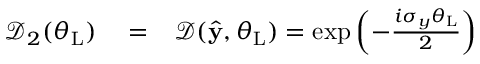
\begin{array} { r l r } { \mathcal { D } _ { 2 } ( \theta _ { \mathrm { L } } ) } & { { } = } & { \mathcal { D } ( \hat { \bf y } , \theta _ { \mathrm { L } } ) = \exp \left( - \frac { i \sigma _ { y } \theta _ { \mathrm { L } } } { 2 } \right) } \end{array}